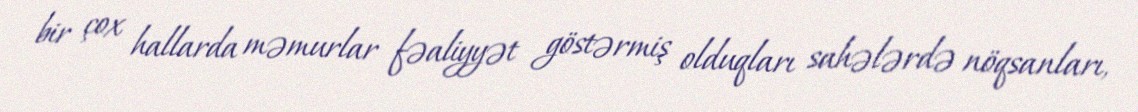
bir çox hallarda məmurlar fəaliyyət göstərmiş olduqları sahələrdə nöqsanları,